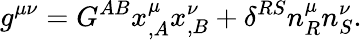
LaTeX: g^{\mu\nu}=G^{AB}x_{,A}^{\mu}x_{,B}^{\nu}+\delta^{RS}n_{R}^{\mu}n_{S}^{\nu}.